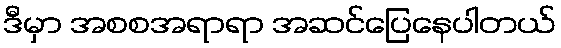
ဒီမှာ အစစအရာရာ အဆင်ပြေနေပါတယ်